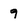
Character: 9